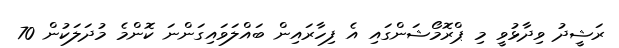
ރަޝީދު ވިދާޅުވީ މި ޕްރޮމޯޝަންގައި އެ ފިހާރައިން ބައްލަވައިގަންނަ ކޮންމެ މުދަލަކުން 70